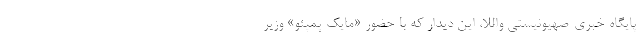
پایگاه خبری-صهیونیستی واللا، این دیدار که با حضور «مایک پمپئو» وزیر